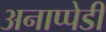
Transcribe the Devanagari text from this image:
अनाप्पेडी